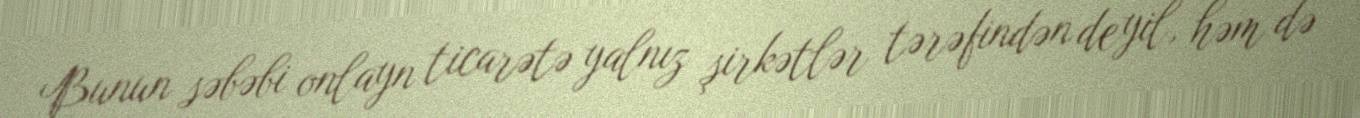
Bunun səbəbi onlayn ticarətə yalnız şirkətlər tərəfindən deyil, həm də